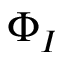
\Phi _ { I }